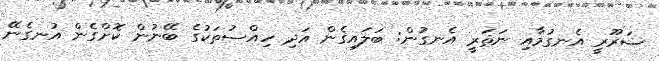
ޟަރޫރީ އެނގުމާއި ނަޡަރީ އެނގުން: ބަލައިގެން އަދި ހިއްސުތަކުގެ ބޭނުން ކޮށްގެން އުނގެނޭ